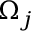
\Omega _ { j }